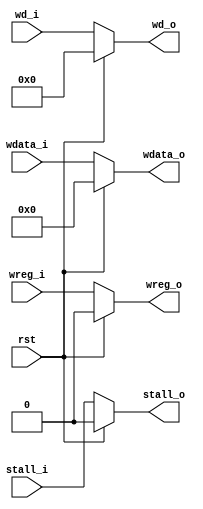
module wb(
    input wire rst,

    input wire[4:0] wd_i,
    input wire wreg_i,
    input wire[31:0] wdata_i,
    input wire stall_i,

    output reg[4:0] wd_o,
    output reg wreg_o,
    output reg[31:0] wdata_o,
    output reg stall_o
);

    always@(*) begin
        if(rst == 1'b1) begin
            wd_o = 4'b0;
            wreg_o = 1'b0;
            wdata_o = 32'h0;
            stall_o = 1'b0;
        end else begin 
            wd_o = wd_i;
            wreg_o = wreg_i;
            wdata_o = wdata_i;
            stall_o = stall_i;
        end
    end
endmodule